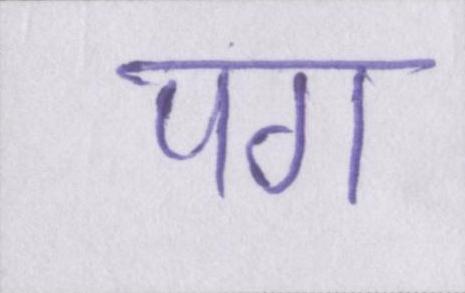
पग